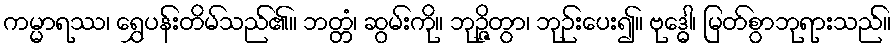
ကမ္မာရဿ၊ ရွှေပန်းတိမ်သည်၏။ ဘတ္တံ၊ ဆွမ်းကို။ ဘုဉ္ဇိတွာ၊ ဘုဉ်းပေး၍။ ဗုဒ္ဓေါ၊ မြတ်စွာဘုရားသည်။